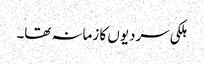
ہلکی سردیوں کا زمانہ تھا۔